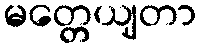
မတ္တေယျတာ